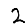
Digit: 2